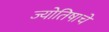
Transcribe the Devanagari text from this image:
ज्योतिषाचे